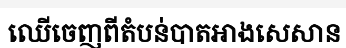
ឈើចេញពីតំបន់បាតអាងសេសាន